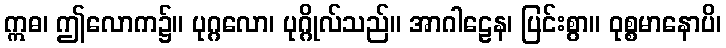
ဣဓ၊ ဤလောက၌။ ပုဂ္ဂလော၊ ပုဂ္ဂိုလ်သည်။ အာဂါဠေန၊ ပြင်းစွာ။ ဝုစ္စမာနောပိ၊